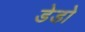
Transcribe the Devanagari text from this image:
डेडो